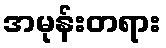
အမုန်းတရား